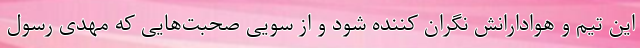
این تیم و هوادارانش نگران کننده شود و از سویی صحبت‌هایی که مهدی رسول